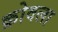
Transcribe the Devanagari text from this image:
क्रोवला